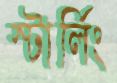
স্টার্লিং